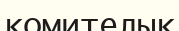
комителық